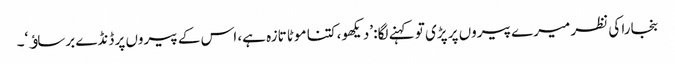
بنجارا کی نظر میرے پیروں پر پڑی تو کہنے لگا: ’دیکھو، کتنا موٹا تازہ ہے، اس کے پیروں پر ڈنڈے برساﺅ‘۔